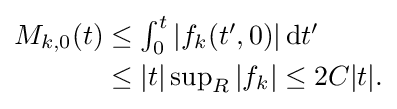
{\begin{aligned}M_{k,0}(t)&\leq \textstyle \int _{0}^{t}|f_{k}(t',0)|\,\mathrm {d} t'\\&\leq |t|\textstyle \sup _{R}|f_{k}|\leq 2C|t|.\end{aligned}}